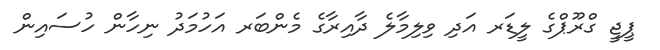
ޕީޖީ ގްރޫޕްގެ ލީޑަރ އަދި ވިލިމާލެ ދާއިރާގެ މެންބަރ އަހުމަދު ނިހާން ހުސައިން